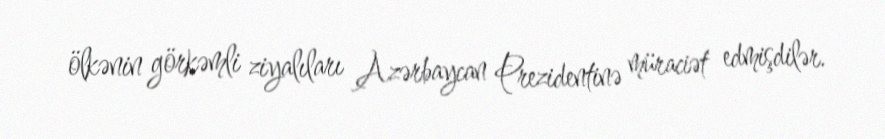
ölkənin görkəmli ziyalıları Azərbaycan Prezidentinə müraciət edmişdilər.